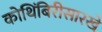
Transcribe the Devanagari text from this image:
कोथिंबिरीसारखे